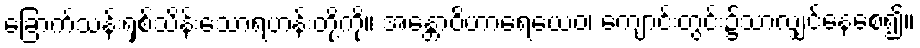
ခြောက်သန်းရှစ်သိန်းသောရဟန်းတို့ကို။ အန္တောဝိဟာရေယေဝ၊ ကျောင်းတွင်း၌သာလျှင်နေစေ၍။